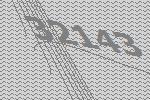
32143